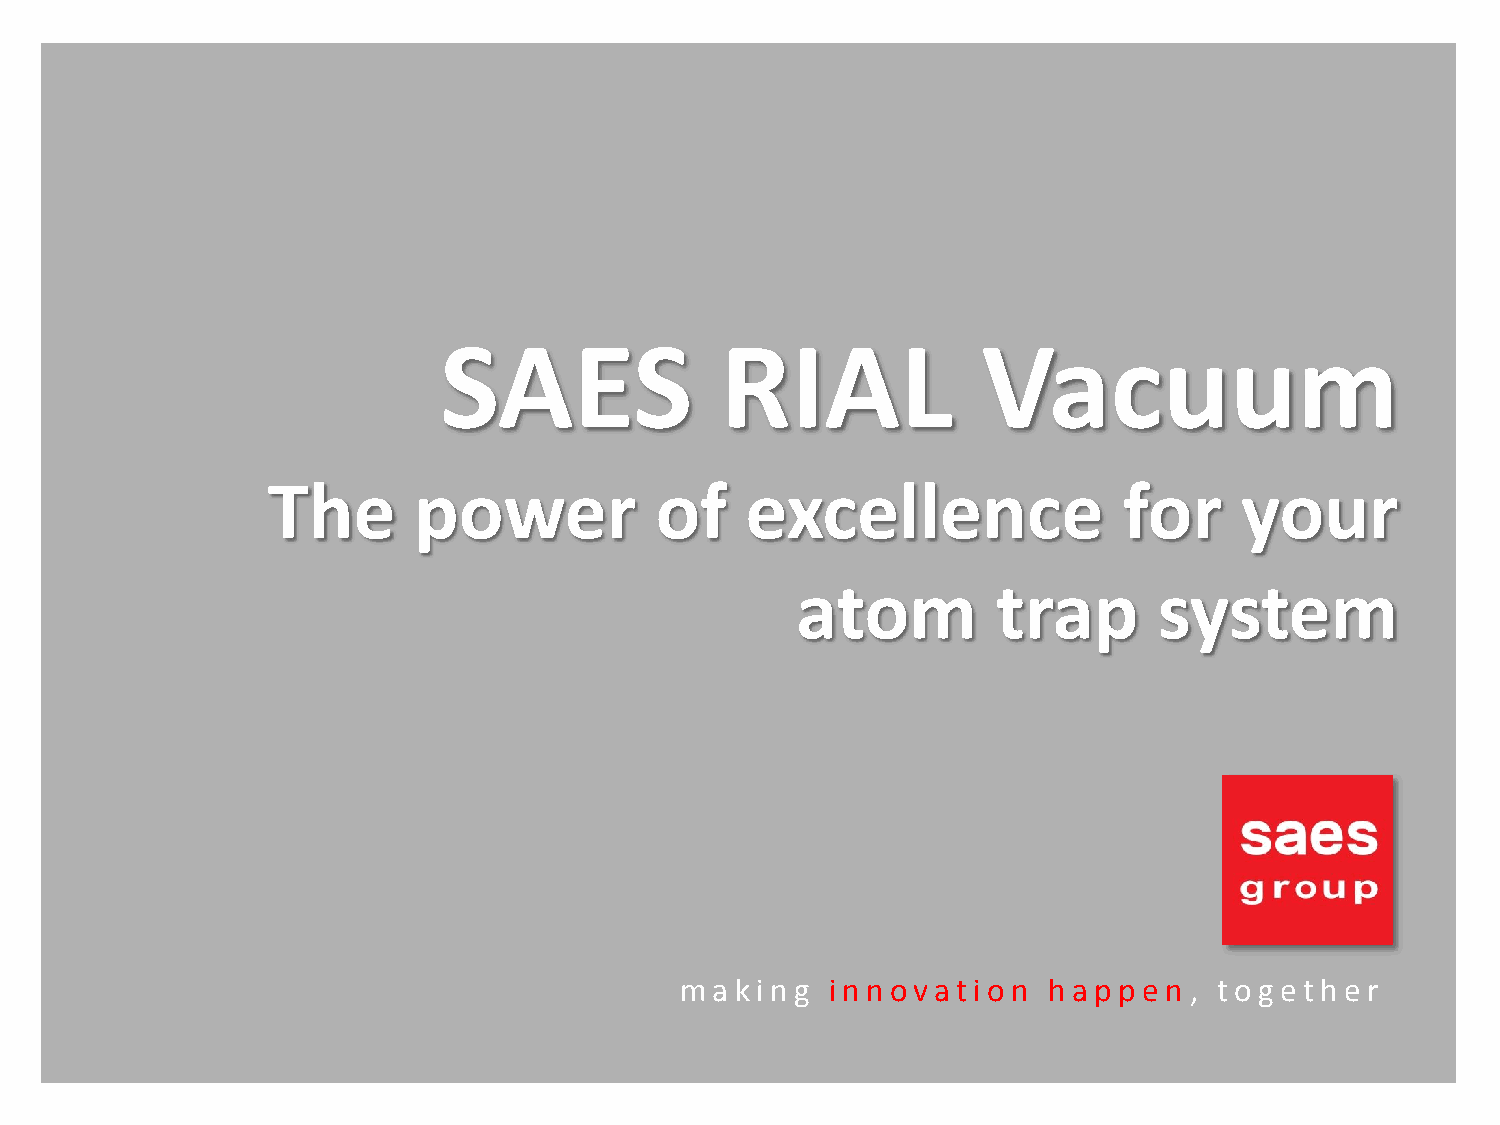
SAES               RIAL             Vacuum
 The      power           of    excellence               for     your
 atom         trap       system
 ma  ki ng i nnovat  i on ha ppen  , toget her